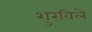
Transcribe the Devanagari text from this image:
शुरविले